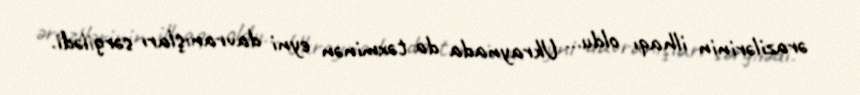
ərazilərinin ilhaqı oldu... Ukraynada da təxminən eyni davranışları sərgilədi.